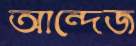
আন্দেজ